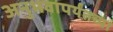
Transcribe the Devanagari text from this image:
अनुभवापर्यंतच्या